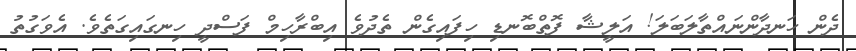
ދެން ހަނދާންނައްތާލަބަލަ! އަލީޝާ ފޮތްބޮނޑި ހިފައިގެން ތެދުވެ އިބްރާހިމް ފަސްދީ ހިނގައިގަތެވެ. އެވަގުތު